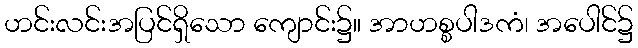
ဟင်းလင်းအပြင်ရှိသော ကျောင်း၌။ အာဟစ္စပါဒကံ၊ အပေါင်၌